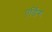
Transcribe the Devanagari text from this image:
एर्डिंग